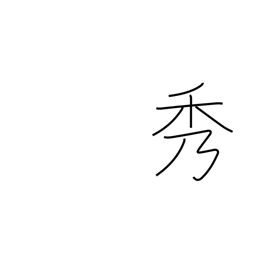
Meaning: beauty